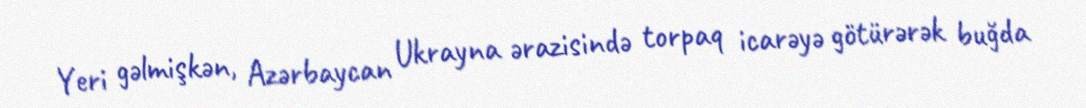
Yeri gəlmişkən, Azərbaycan Ukrayna ərazisində torpaq icarəyə götürərək buğda